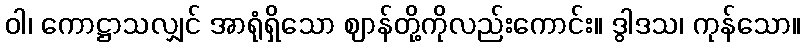
ဝါ၊ ကောဋ္ဌာသလျှင် အာရုံရှိသော ဈာန်တို့ကိုလည်းကောင်း။ ဒွါဒသ၊ ကုန်သော။